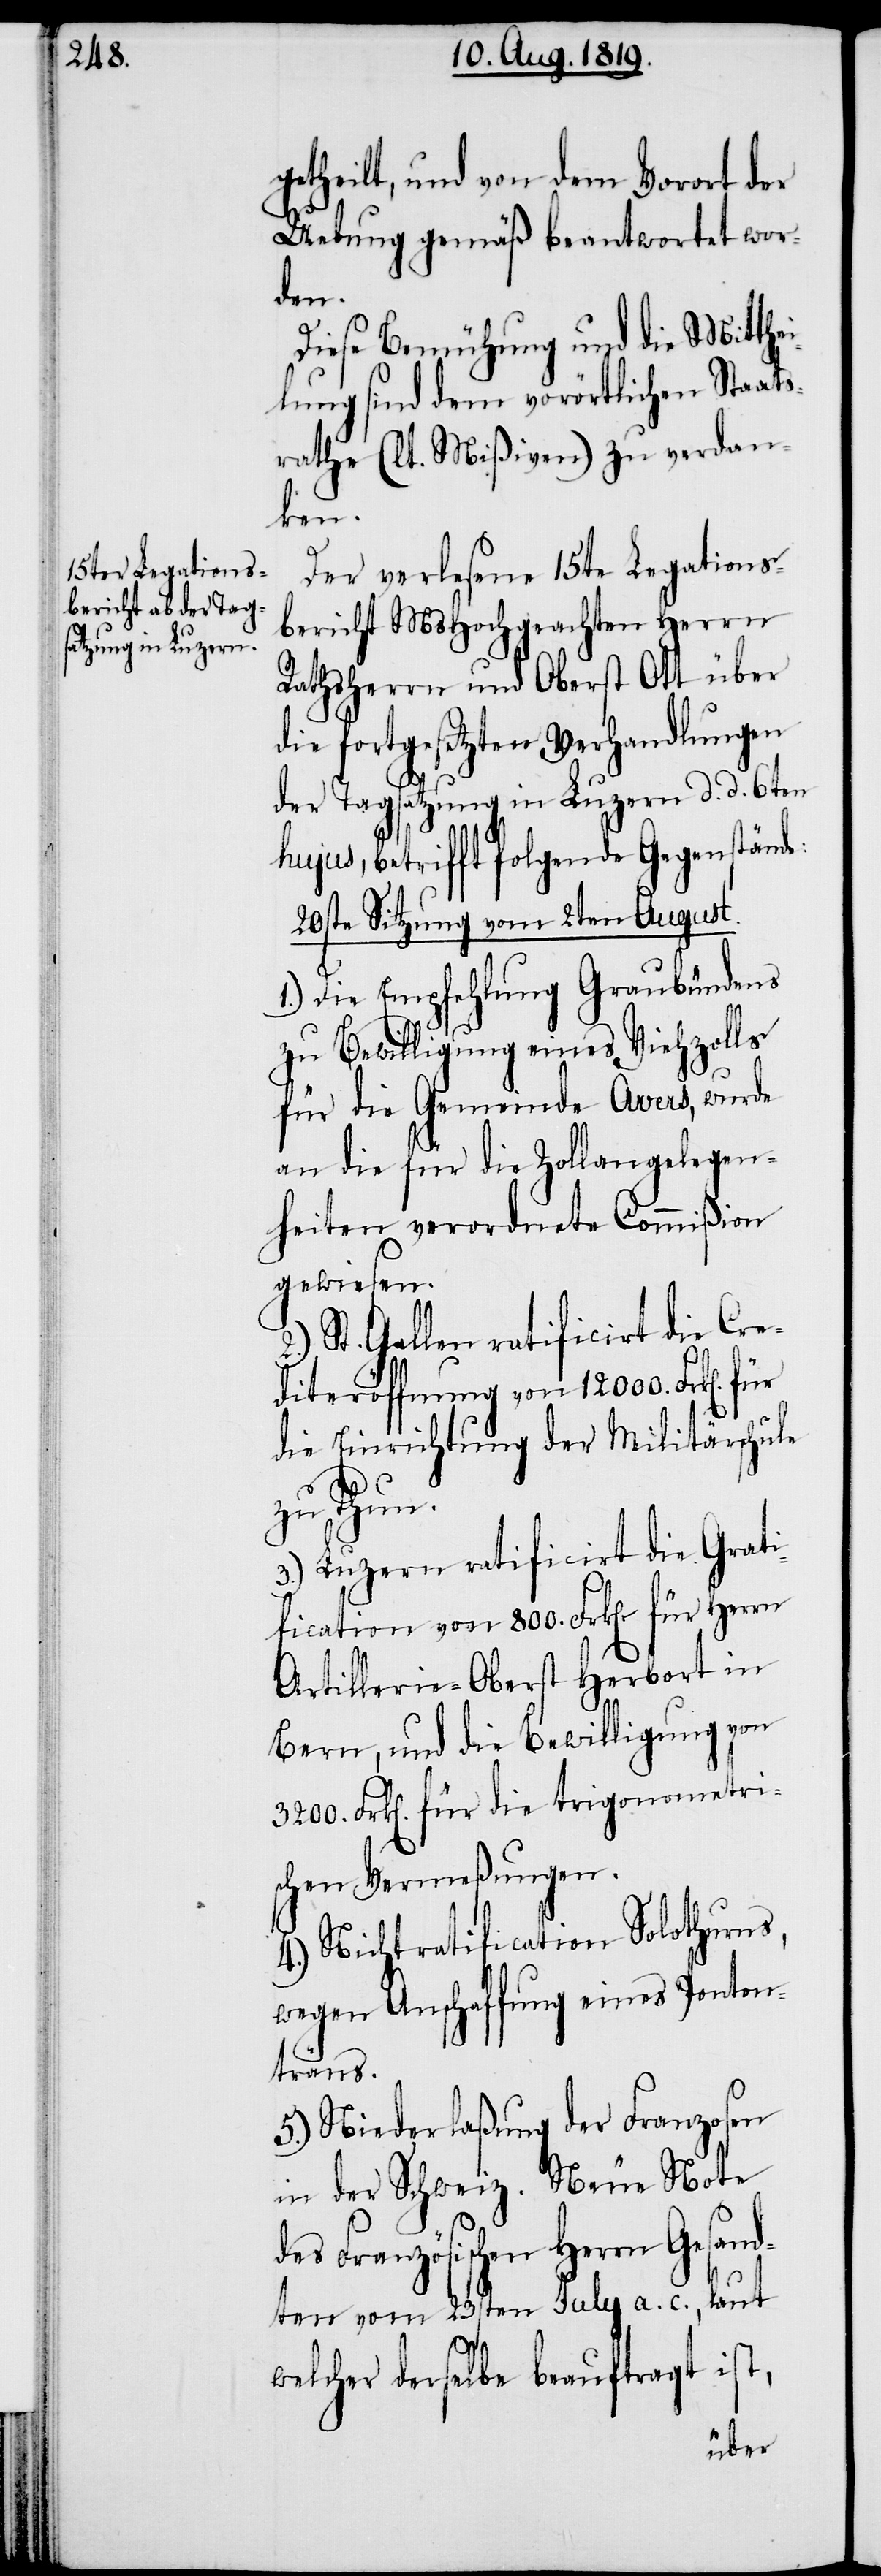
getheilt, und von dem Vorort der
Uebung gemäß beantwortet wor¬
den.
Diese Bemühung und die Mitthe¬
ilung sind dem vorörtlichen Staats¬
rathe (lt. Mißiven) zu verdan¬
ken.
Der verlesene 15ten Legations¬
bericht MsHochgeachten Herrn
Rathsherrn und Oberst Ott über
die fortgesetzten Verhandlungen
der Tagsatzung in Luzern d. d. 6ten
hujus, betrifft folgende Gegenstände:
20ste Sitzung vom 2ten August.
1.) Die Empfehlung Graubündens
zu Bewilligung eines Viehzolls
für die Gemeinde Avers, wurde
an die für die Zollangelegen¬
heiten verordnete Commißion
gewiesen.
St. Gallen ratificirt die Cre¬
diteröffnung von 12000. Frk[en].
die Einrichtung der Militärschule
zu Thun.
3.) Luzern ratificrirt die Grati¬
fication von 800. Frk[en]. für Herrn
Artillerie-Oberst Herbort in
Bern, und die Bewilligung von
3200. Frk[en]. für die trigonometri¬
schen Vermeßungen.
4.) Nichtratification Solothurns,
wegen Anschaffung eines Ponton¬
träns.
5.) Niederlaßung der Franzosen
in der Schweiz. Neue Note
des Französischen Herrn Gesand¬
ten vom 23sten July a. c., laut
welcher derselbe beauftragt ist,